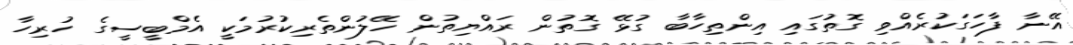
އޭނާ ފާހަގަކުރެއްވި ގޮތުގައި އިންތިހާބާ ގުޅޭ ގޮތުން ރައްޔިތުން ހޭލުންތެރިކުރުމަކީ އެމްބީސީގެ ހުރިހާ